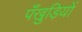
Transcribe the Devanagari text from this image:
पँखुड़ियों